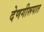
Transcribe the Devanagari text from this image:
देणगीरूपात